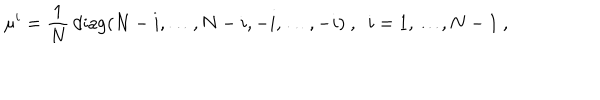
\mu ^ { i } = \frac { 1 } { N } \, \mathrm { d i a g } ( N - i , \ldots , N - i , - i , \ldots , - i ) ~ , ~ ~ i = 1 , \ldots , N - 1 ~ ,